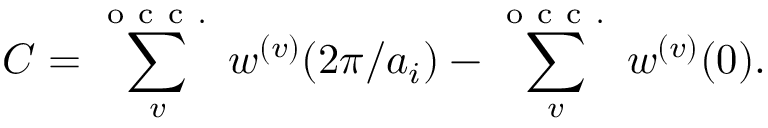
C = \sum _ { v } ^ { \mathrm { ~ o ~ c ~ c ~ . ~ } } w ^ { ( v ) } ( 2 \pi / a _ { i } ) - \sum _ { v } ^ { \mathrm { ~ o ~ c ~ c ~ . ~ } } w ^ { ( v ) } ( 0 ) .